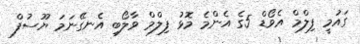
ގައުމީ ފިލްމް އެވޯޑް 5ގެ އެންމެ މޮޅު ފިލްމް ވާލޯބި އެނގޭނަމަ ޔޫސުފް